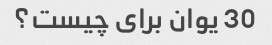
30 یوان برای چیست؟